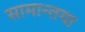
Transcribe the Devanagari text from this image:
सामान्तया